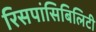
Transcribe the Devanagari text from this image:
रिसपांसिबिलिटी